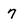
Character: 7